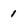
Character: 1